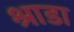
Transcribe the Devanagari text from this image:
श्राडा